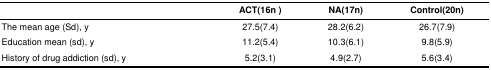
|  | ACT(16n ) | NA(17n) | Control(20n) |
 | --- | --- | --- | --- |
 | The mean age (Sd), y | 27.5(7.4) | 28.2(6.2) | 26.7(7.9) |
 | Education mean (sd), y | 11.2(5.4) | 10.3(6.1) | 9.8(5.9) |
 | History of drug addiction (sd), y | 5.2(3.1) | 4.9(2.7) | 5.6(3.4) |